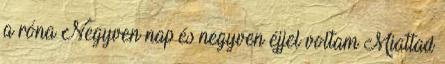
a róna Negyven nap és negyven éjjel voltam Miattad